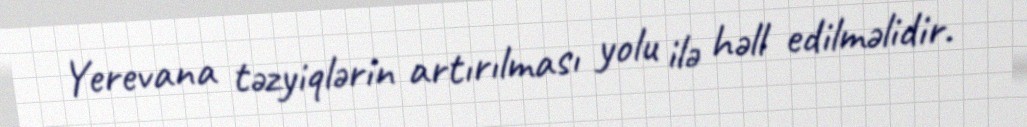
Yerevana təzyiqlərin artırılması yolu ilə həll edilməlidir.